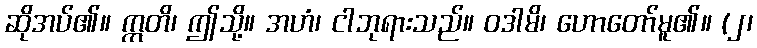
ဆိုအပ်၏။ ဣတိ၊ ဤသို့။ အဟံ၊ ငါဘုရားသည်။ ဝဒါမိ၊ ဟောတော်မူ၏။ (၂၊